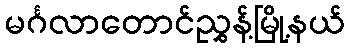
မင်္ဂလာတောင်ညွှန့်မြို့နယ်